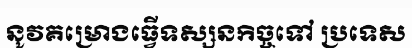
នូវគម្រោងធ្វើទស្សនកិច្ចទៅ ប្រទេស